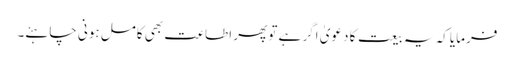
فرمایا کہ یہ بیعت کا دعویٰ اگر ہے تو پھر اطاعت بھی کامل ہونی چاہئے۔